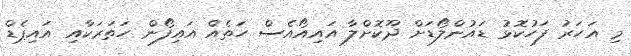
މި އަހަރު ފަހުކޮޅު ޑައުންލޯޑަށް ދޫކޮށްލާ އައިއޯއެސް ހަތެއް އައިފޯން ހަތަރަކާއި އައިޕެޑް